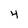
Character: 4